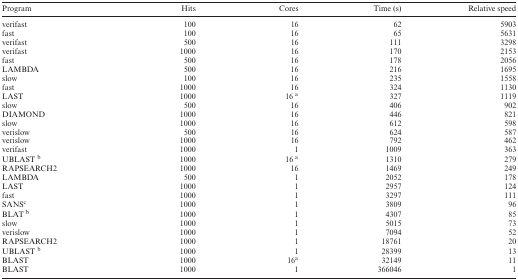
| Program | Hits | Cores | Time (s) | Relative speed |
 | --- | --- | --- | --- | --- |
 | verifast | 100 | 16 | 62 | 5903 |
 | fast | 100 | 16 | 65 | 5631 |
 | verifast | 500 | 16 | 111 | 3298 |
 | verifast | 1000 | 16 | 170 | 2153 |
 | fast | 500 | 16 | 178 | 2056 |
 | LAMBDA | 500 | 16 | 216 | 1695 |
 | slow | 100 | 16 | 235 | 1558 |
 | fast | 1000 | 16 | 324 | 1130 |
 | LAST | 1000 | 16 a | 327 | 1119 |
 | slow | 500 | 16 | 406 | 902 |
 | DIAMOND | 1000 | 16 | 446 | 821 |
 | slow | 1000 | 16 | 612 | 598 |
 | verislow | 500 | 16 | 624 | 587 |
 | verislow | 1000 | 16 | 792 | 462 |
 | verifast | 1000 | 1 | 1009 | 363 |
 | UBLAST b | 1000 | 16 a | 1310 | 279 |
 | RAPSEARCH2 | 1000 | 16 | 1469 | 249 |
 | LAMBDA | 500 | 1 | 2052 | 178 |
 | LAST | 1000 | 1 | 2957 | 124 |
 | fast | 1000 | 1 | 3297 | 111 |
 | SANSc | 1000 | 1 | 3809 | 96 |
 | BLAT b | 1000 | 1 | 4307 | 85 |
 | slow | 1000 | 1 | 5015 | 73 |
 | verislow | 1000 | 1 | 7094 | 52 |
 | RAPSEARCH2 | 1000 | 1 | 18761 | 20 |
 | UBLAST b | 1000 | 1 | 28399 | 13 |
 | BLAST | 1000 | 16a | 32149 | 11 |
 | BLAST | 1000 | 1 | 366046 | 1 |